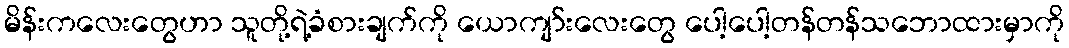
မိန်းကလေးတွေဟာ သူတို့ရဲ့ခံစားချက်ကို ယောကျာ်းလေးတွေ ပေါ့ပေါ့တန်တန်သဘောထားမှာကို